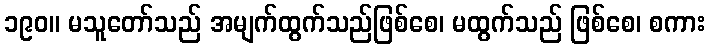
၁၉၀။ မသူတော်သည် အမျက်ထွက်သည်ဖြစ်စေ၊ မထွက်သည် ဖြစ်စေ၊ စကား